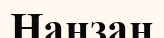
Нанзан